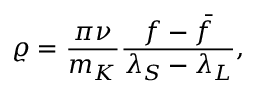
\varrho = { \frac { \pi \nu } { m _ { K } } } { \frac { f - \bar { f } } { \lambda _ { S } - \lambda _ { L } } } ,